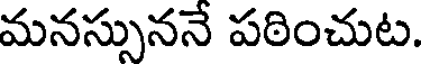
మనస్సుననే పఠించుట.